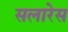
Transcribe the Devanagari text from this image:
सलारेस